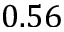
0 . 5 6